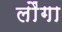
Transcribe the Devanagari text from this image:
लौंगा